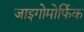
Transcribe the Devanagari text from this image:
जाइगोमोर्फिक